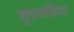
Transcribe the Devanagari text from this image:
सुकरचकिया